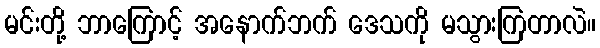
မင်းတို့ ဘာကြောင့် အနောက်ဘက် ဒေသကို မသွားကြတာလဲ။